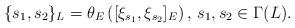
LaTeX: \begin{align*}\{s_1,s_2\}_L=\theta_E\left([\xi_{s_1},\xi_{s_2}]_E\right), \,s_1,s_2\in\Gamma(L).\end{align*}